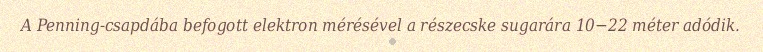
A Penning-csapdába befogott elektron mérésével a részecske sugarára 10−22 méter adódik.